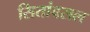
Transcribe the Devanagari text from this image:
सितांवसल